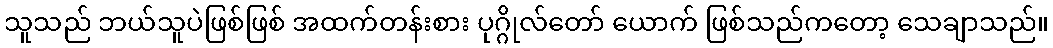
သူသည် ဘယ်သူပဲဖြစ်ဖြစ် အထက်တန်းစား ပုဂ္ဂိုလ်တော် ယောက် ဖြစ်သည်ကတော့ သေချာသည်။